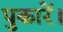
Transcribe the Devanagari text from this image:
पुकारें।